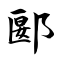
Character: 郾